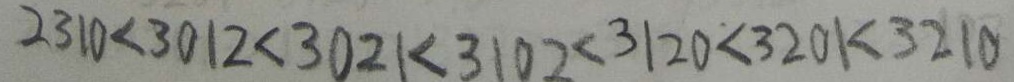
2 3 1 0 < 3 0 1 2 < 3 0 2 1 < 3 1 0 2 < 3 1 2 0 < 3 2 0 1 < 3 2 1 0